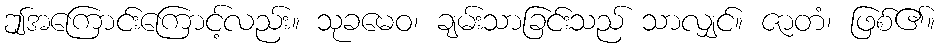
ဤအကြောင်းကြောင့်လည်း။ သုခမေဝ၊ ချမ်းသာခြင်းသည် သာလျှင်။ ဇာတံ၊ ဖြစ်၏။